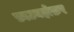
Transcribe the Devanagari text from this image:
फ़ाउनहोफ़र